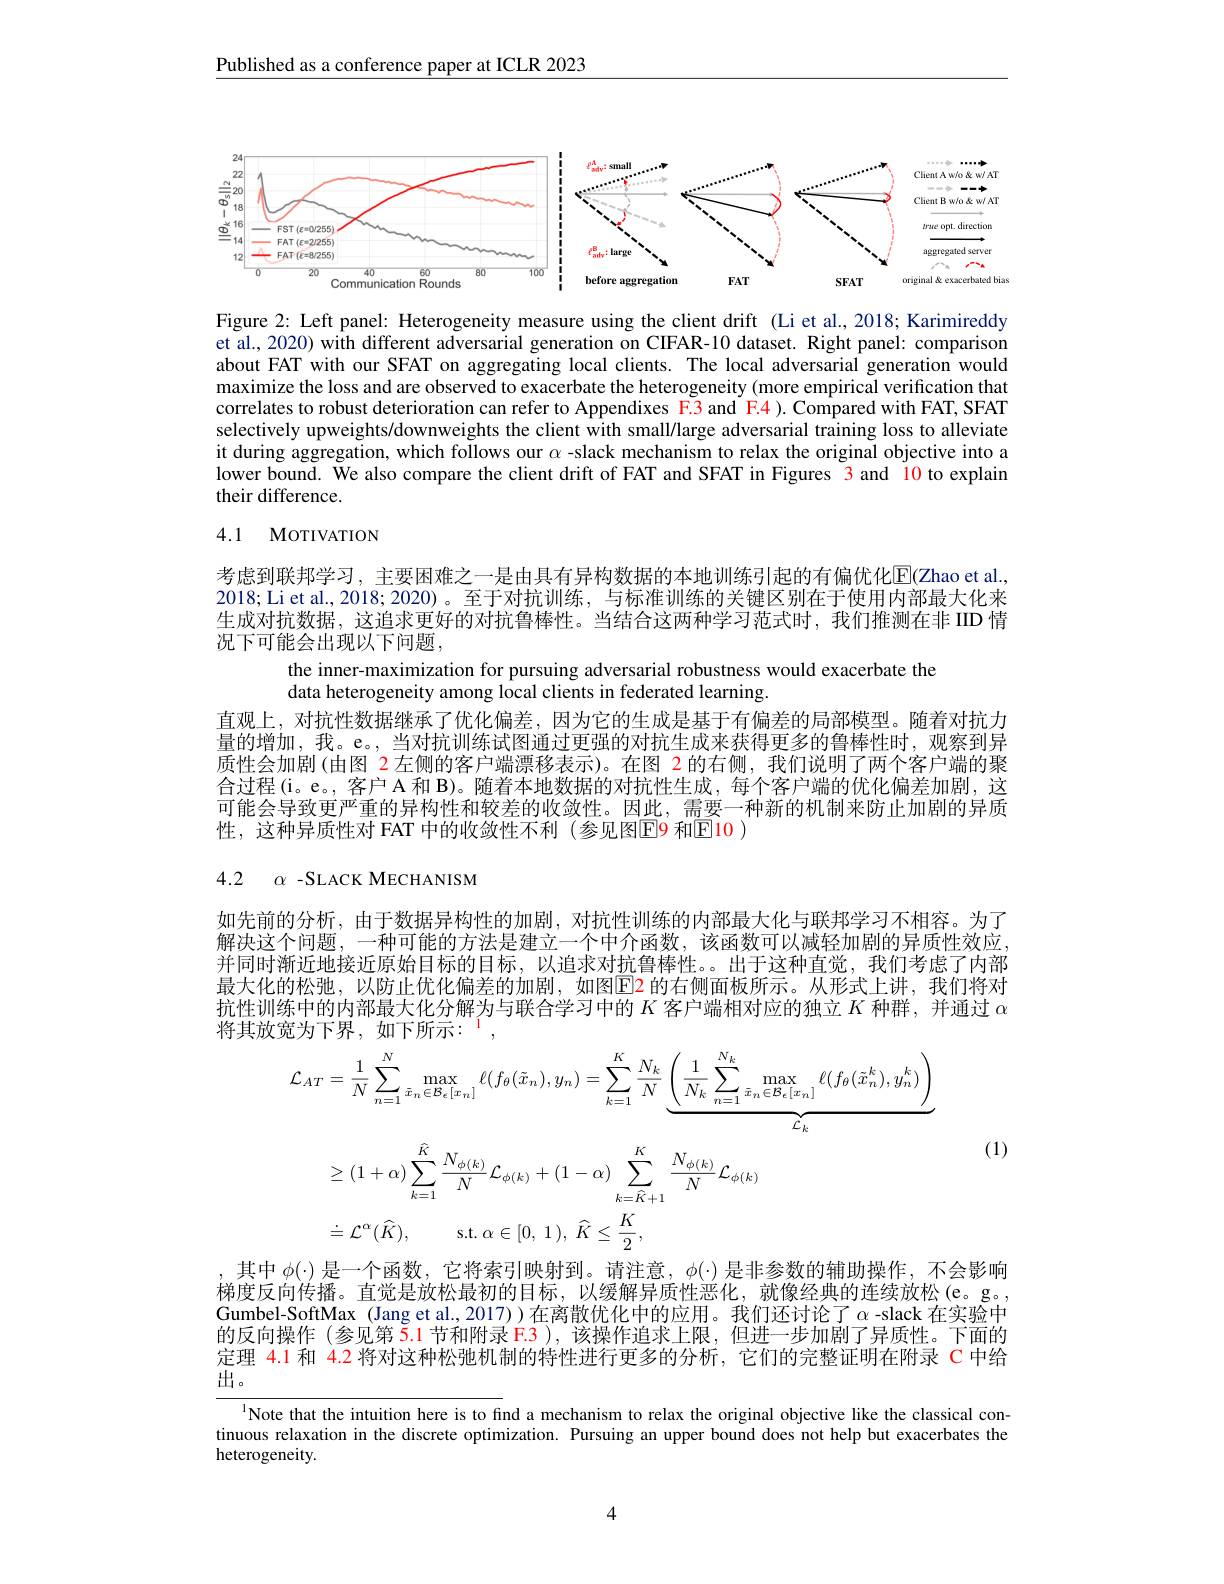
Published as a conference paper at ICLR 2023

<FigureHere>

Figure 2: Left panel: Heterogeneity measure using the client drift (Li et al., 2018; Karimireddy et al., 2020) with different adversarial generation on CIFAR-10 dataset. Right panel: comparisom about FAT with our SFAT on aggregating local clients. The local adversarial generation would maximize the loss and are observed to exacerbate the heterogeneity (more empirical verification that correlates to robust deterioration can refer to Appendixes F.3 and F.4 ). Compared with FAT, SFAT selectively upweights/downweights the client with small/large adversarial training loss to alleviate it during aggregation, which follows our $\alpha$ -slack mechanism to relax the original objective into a lower bound. We also compare the client drift of FAT and SFAT in Figures 3 and l0 to explain their difference.

## 4.1 MoTIVATION

考虑到联邦学习，主要困难之一是由具有异构数据的本地训练引起的有偏优化$\overline{\mathrm{E}}($Zhao et al., 2018; Li et al. 2018; 2020)。至于对抗训练，与标准训练的关键区别在于使用内部最大化来生成对抗数据，这追求更好的对抗鲁棒性。当结合这两种学习范式时，我们推测在非 IID 情况下可能会出现以下问题，
the inner-maximization for pursuing adversarial robustness would exacerbate the
data heterogeneity among local clients in federated learning.
直观上，对抗性数据继承了优化偏差，因为它的生成是基于有偏差的局部模型。随着对抗力量的增加，我。e。,当对抗训练试图通过更强的对抗生成来获得更多的鲁棒性时，观察到异质性会加剧(由图 2 左侧的客户端漂移表示)。在图 2 的右侧，我们说明了两个客户端的聚合过程(i。e。, 客户 A 和 B)。随着本地数据的对抗性生成，每个客户端的优化偏差加剧，这可能会导致更严重的异构性和较差的收敛性。因此，需要一种新的机制来防止加剧的异质性，这种异质性对 FAT 中的收敛性不利 (参见图$\boxed{\mathrm{E}}\color{red}{9}$ 和$\color{red}{(\mathrm{z})}$

4.2 $\alpha$ -SLACK MECHANISM

如先前的分析，由于数据异构性的加剧，对抗性训练的内部最大化与联邦学习不相容。为了解决这个问题，一种可能的方法是建立一个中介函数，该函数可以减轻加剧的异质性效应并同时渐近地接近原始目标的目标，以追求对抗鲁棒性。。出于这种直觉，我们考虑了内部最大化的松弛，以防止优化偏差的加剧，如图$\color{red}{\mathrm{E}}\color{blue}{\mathrm{E}}\color{red}{\mathrm{E}}$ 的右侧面板所示。从形式上讲，我们将对抗性训练中的内部最大化分解为与联合学习中的$K$客户端相对应的独立$K$种群，并通过$\alpha$ 将其放宽为下界，如下所示：$^1$,
$$\begin{aligned}&\mathcal{L}_{AT}=\frac{1}{N}\sum_{n=1}^{N}\max_{\bar{x}_{n}\in\mathcal{B}_{\epsilon}[x_{n}]}\ell(f_{\theta}(\tilde{x}_{n}),y_{n})=\sum_{k=1}^{K}\frac{N_{k}}{N}\underbrace{\left(\frac{1}{N_{k}}\sum_{n=1}^{N_{k}}\max_{\bar{x}_{n}\in\mathcal{B}_{\epsilon}[x_{n}]}\ell(f_{\theta}(\tilde{x}_{n}^{k}),y_{n}^{k})\right)}_{\mathcal{L}_{k}}\\&\geq(1+\alpha)\sum_{k=1}^{K}\frac{N_{\phi(k)}}{N}\mathcal{L}_{\phi(k)}+(1-\alpha)\sum_{k=\hat{K}+1}^{K}\frac{N_{\phi(k)}}{N}\mathcal{L}_{\phi(k)}\\&\doteq\mathcal{L}^{\alpha}(\widehat{K}),\quad\mathrm{s.t.}\:\alpha\in[0,1),\:\widehat{K}\leq\frac{K}{2},\\&\text{/() 其 不多数 ris.收表习[nt. 射z]}\end{aligned}$$
(1)

其中$\phi(\cdot)$是一个函数，它将索引映射到。请注意，$\phi(\cdot)$是非参数的辅助操作，不会影响梯度反向传播。直觉是放松最初的目标，以缓解异质性恶化，就像经典的连续放松(e。g。, Gumbel-SoftMax (Jang et al., 2017) )在离散优化中的应用。我们还讨论了$\alpha$ -slack 在实验中的反向操作 (参见第$\tilde{5}.1$节和附录 F.3 ), 该操作追求上限，但进一步加剧了异质性。下面的定理 4.1 和 4.2 将对这种松弛机制的特性进行更多的分析，它们的完整证明在附录 C 中给出。

$^{1}$Note that the intuition here is to find a mechanism to relax the original objective like the classical continuous relaxation in the discrete optimization. Pursuing an upper bound does not help but exacerbates the heterogeneity.

4